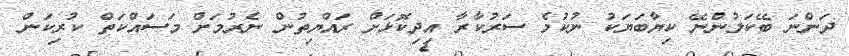
ދަންނަ ބޭކަލުންނޭ ކިޔާބަޔަކު ނުކުމެ ސަރުކާރާ އިދިކޮޅަށް ރައްޔިތުން ނެރުމަށް މަސައްކަތް ކުރިކަން